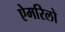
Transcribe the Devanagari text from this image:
ऐमरिलो